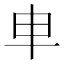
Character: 𠦆